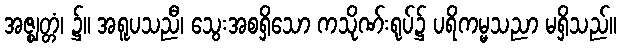
အဇ္ဈတ္တံ၊ ၌။ အရူပသညီ၊ သွေးအစရှိသော ကသိုဏ်းရုပ်၌ ပရိကမ္မသညာ မရှိသည်။